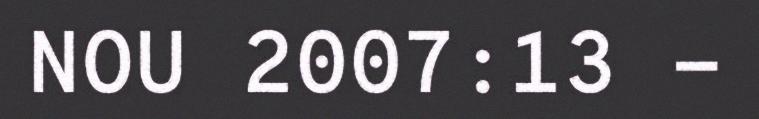
NOU 2007:13 -